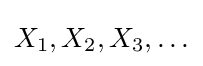
{\textstyle X_{1},X_{2},X_{3},\ldots }